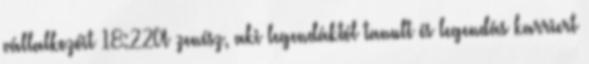
vállalkozóit 18:22A zenész, aki legendáktól tanult és legendás karriert